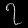
Digit: ၇